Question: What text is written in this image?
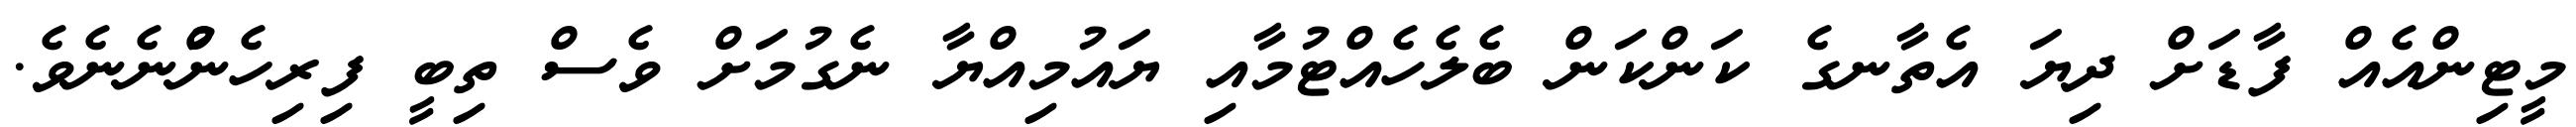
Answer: މީޓިންއެއް ފާޑަށް ދިޔަ އެތާނގެ ކަންކަން ބެލެހެއްޓުމާއި ޔައުމިއްޔާ ނެގުމަށް ވެސް ތިބީ ފިރިހެނުްނެނެވެ.